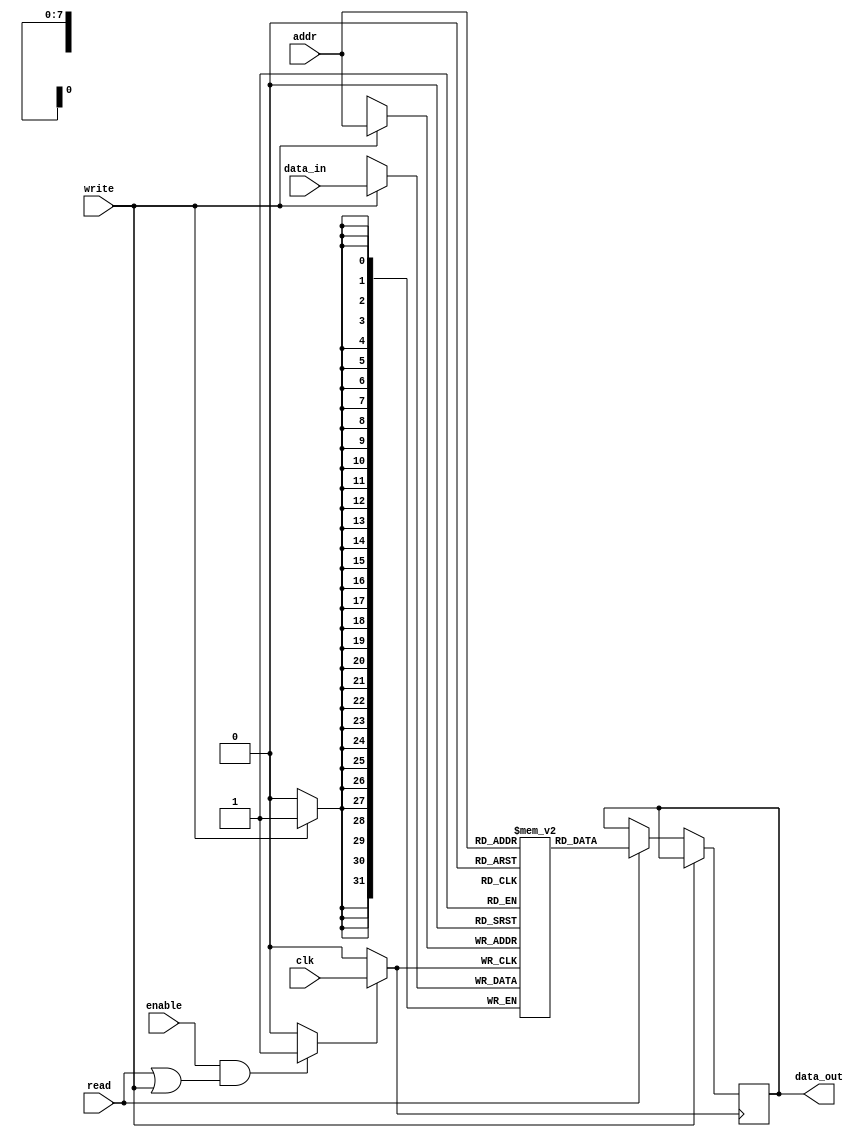
module memory_block (
    input wire clk,         // Primary clock input
    input wire enable,      // Enable signal for memory block
    input wire read,        // Read operation signal
    input wire write,       // Write operation signal
    input wire [7:0] addr,  // Address input
    input wire [31:0] data_in, // Data input for write operations
    output reg [31:0] data_out // Data output for read operations
);

// Memory array definition
reg [31:0] memory_array [0:255]; // 256 x 32-bit memory

// Clock gating logic
wire gated_clk;
reg clk_enable;

// Combinational logic for clock gating
always @(*) begin
    // Clock is enabled if the memory is in use (read or write)
    if (enable && (read || write)) begin
        clk_enable = 1'b1; // Allow clock to pass
    end else begin
        clk_enable = 1'b0; // Block clock
    end
end

// Gated clock signal
assign gated_clk = clk_enable ? clk : 1'b0;

// Memory operations
always @(posedge gated_clk) begin
    if (write) begin
        memory_array[addr] <= data_in; // Write data to memory
    end else if (read) begin
        data_out <= memory_array[addr]; // Read data from memory
    end
end

endmodule